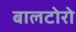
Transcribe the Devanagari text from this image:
बालटोरो